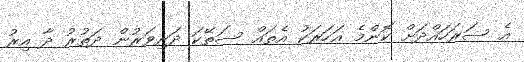
އެ ސަރަހައްދަށް ކޮންމެ އަހަރަކު އެތައް ސަތޭކަ ދަރިވަރުން ދަތުރު ދާ އިރު